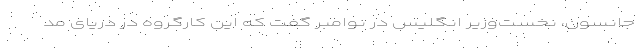
جانسون، نخست‌وزیر انگلیس در نوامبر گفت که این کارگروه در دریای مد